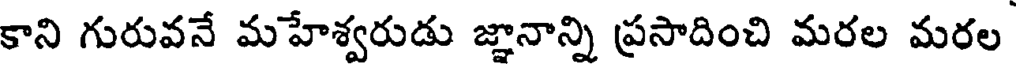
కాని గురువనే మహేశ్వరుడు జ్ఞానాన్ని ప్రసాదించి మరల మరల